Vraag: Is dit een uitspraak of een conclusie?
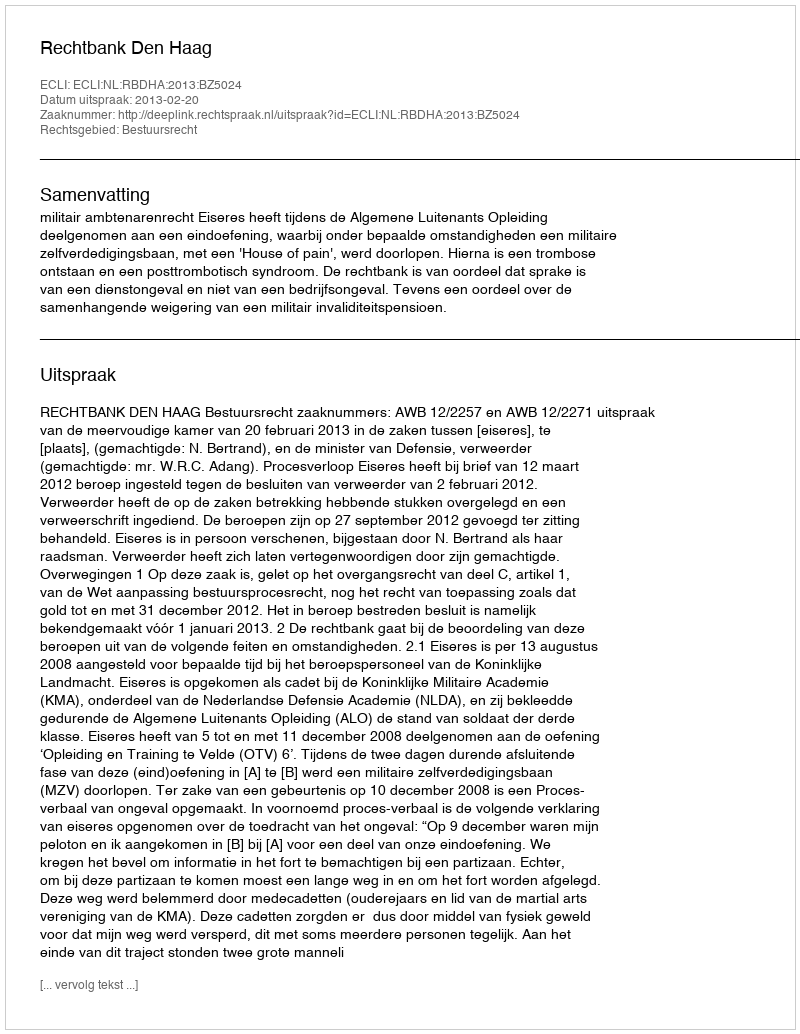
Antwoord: Uitspraak